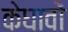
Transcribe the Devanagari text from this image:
केघावों